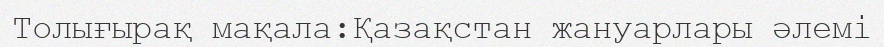
Толығырақ мақала:Қазақстан жануарлары әлемі